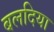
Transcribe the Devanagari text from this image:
बलदिया